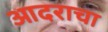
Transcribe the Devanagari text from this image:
आदराचा